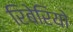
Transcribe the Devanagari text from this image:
रिबेरियो